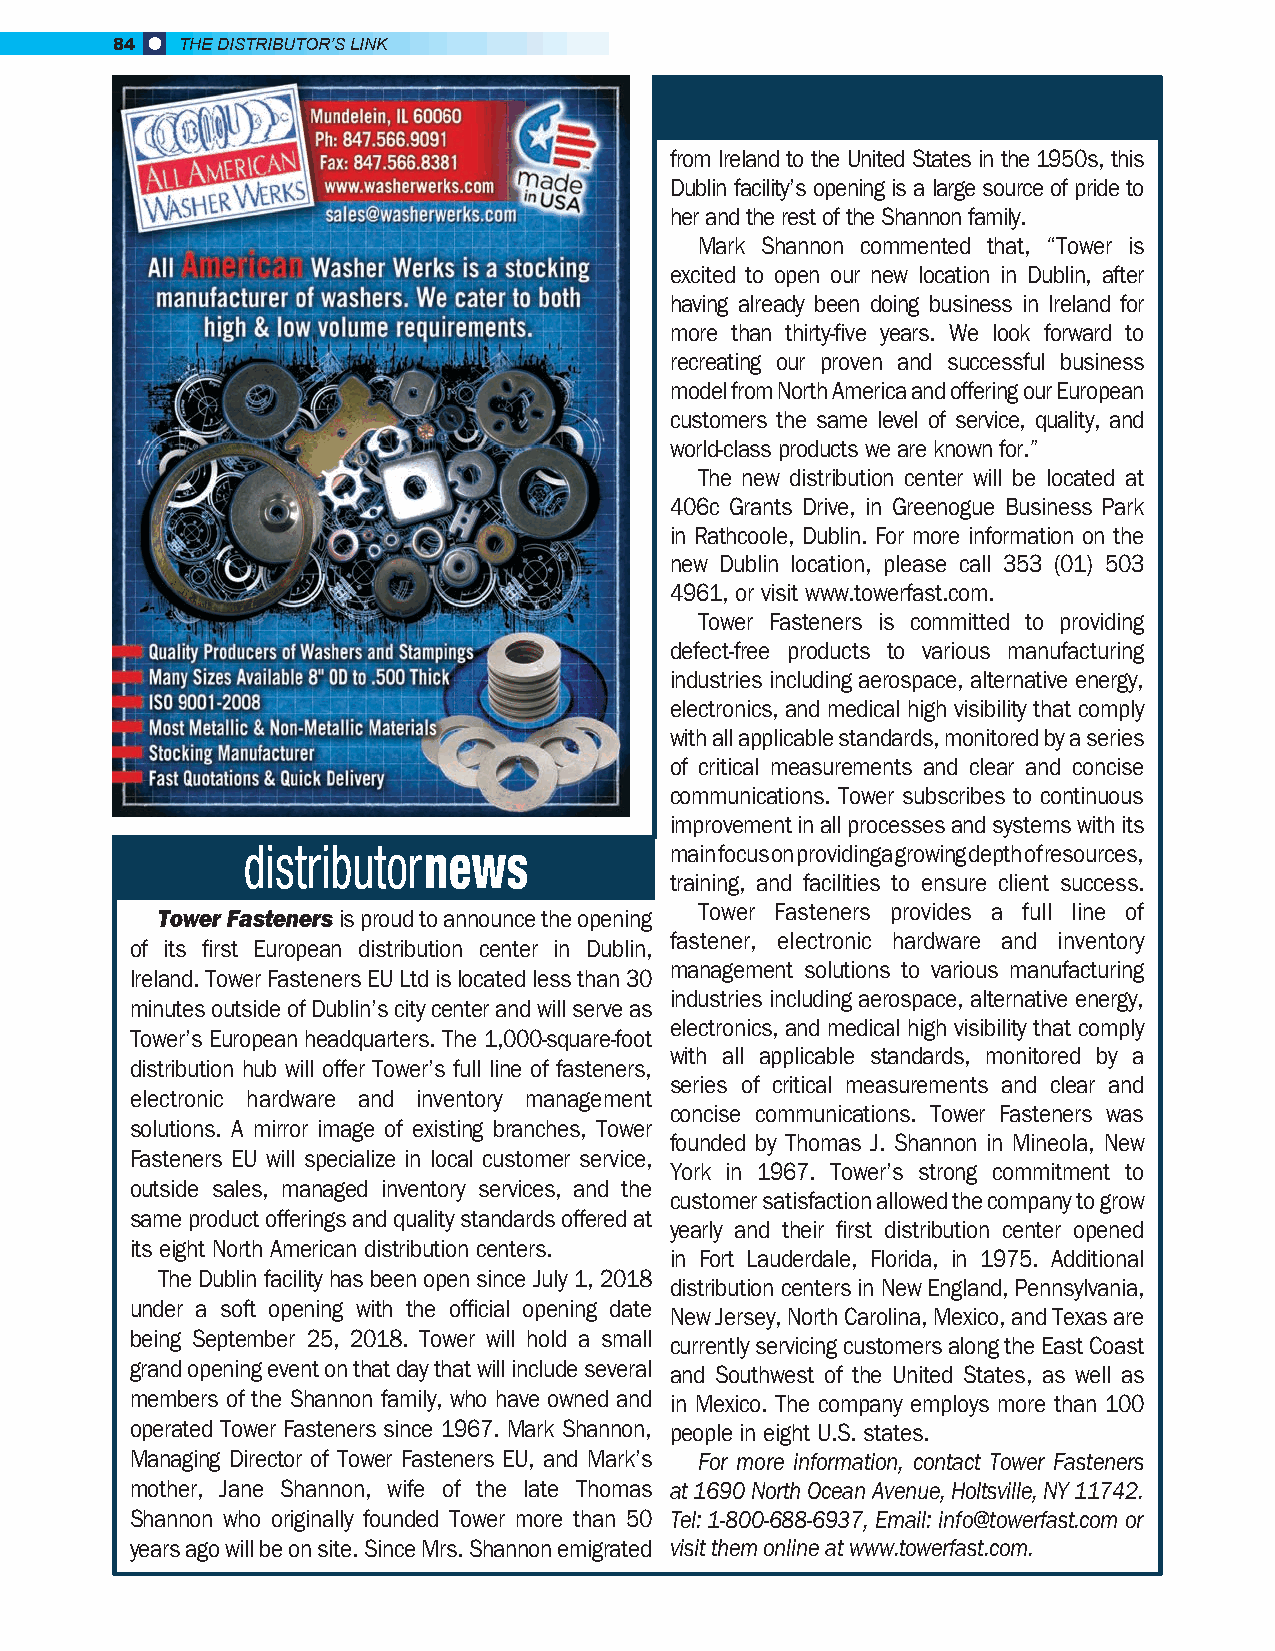
84   THE DISTRIBUTOR’S LINK
 from Ireland to the United States in the 1950s, this
 Dublin facility’s opening is a large source of pride to
 her and the rest of the Shannon family.
 Mark Shannon commented that, “Tower is
 excited to open our new location in Dublin, after
 having already been doing business in Ireland for
 more than thirty-five years. We look forward to
 recreating our proven and successful business
 model from North America and offering our European
 customers the same level of service, quality, and
 world-class products we are known for.”
 The new distribution center will be located at
 406c Grants Drive, in Greenogue Business Park
 in Rathcoole, Dublin. For more information on the
 new Dublin location, please call 353 (01) 503
 4961, or visit www.towerfast.com.
 Tower Fasteners is committed to providing
 defect-free products to various manufacturing
 industries including aerospace, alternative energy,
 electronics, and medical high visibility that comply
 with all applicable standards, monitored by a series
 of critical measurements and clear and concise
 communications. Tower subscribes to continuous
 improvement in all processes and systems with its
 main focus on providing a growing depth of resources,
 training, and facilities to ensure client success.
 Tower Fasteners provides a full line of
 Tower Fasteners is proud to announce the opening
 fastener, electronic hardware and inventory
 of its first European distribution center in Dublin,
 management solutions to various manufacturing
 Ireland. Tower Fasteners EU Ltd is located less than 30
 industries including aerospace, alternative energy,
 minutes outside of Dublin’s city center and will serve as
 electronics, and medical high visibility that comply
 Tower’s European headquarters. The 1,000-square-foot
 with all applicable standards, monitored by a
 distribution hub will offer Tower’s full line of fasteners,
 series of critical measurements and clear and
 electronic hardware and inventory management
 concise communications. Tower Fasteners was
 solutions. A mirror image of existing branches, Tower
 founded by Thomas J. Shannon in Mineola, New
 Fasteners EU will specialize in local customer service,
 York in 1967. Tower’s strong commitment to
 outside sales, managed inventory services, and the
 customer satisfaction allowed the company to grow
 same product offerings and quality standards offered at
 yearly and their first distribution center opened
 its eight North American distribution centers.
 in Fort Lauderdale, Florida, in 1975. Additional
 The Dublin facility has been open since July 1, 2018
 distribution centers in New England, Pennsylvania,
 under a soft opening with the official opening date
 New Jersey, North Carolina, Mexico, and Texas are
 being September 25, 2018. Tower will hold a small
 currently servicing customers along the East Coast
 grand opening event on that day that will include several and Southwest of the United States, as well as
 members of the Shannon family, who have owned and in Mexico. The company employs more than 100
 operated Tower Fasteners since 1967. Mark Shannon, people in eight U.S. states.
 Managing Director of Tower Fasteners EU, and Mark’s For more information, contact Tower Fasteners
 mother, Jane Shannon, wife of the late Thomas at 1690 North Ocean Avenue, Holtsville, NY 11742.
 Shannon who originally founded Tower more than 50 Tel: 1-800-688-6937, Email: info@towerfast.com or
 years ago will be on site. Since Mrs. Shannon emigrated visit them online at www.towerfast.com.